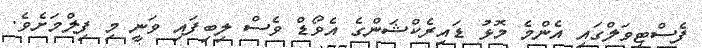
ފެސްޓިވަލްގައި އެންމެ މޮޅު ޑައިރެކްޝަންގެ އެވޯޑް ވެސް ލިބިފައި ވަނީ މި ފިލްމަށެވެ.